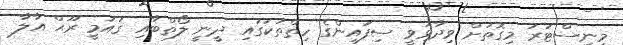
މިނިސްޓަރު މިގޮތަށް ވިދާޅުވީ ސިފައިންގެ ހިތްތަކުގައި ދީނީ ލޯތްބާއި ޤައުމީ ރޫޙް އާލާ